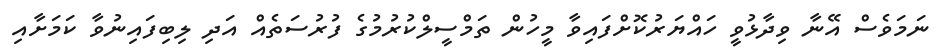
ނަމަވެސް އޭނާ ވިދާޅުވީ ހައްޔަރުކޮށްފައިވާ މީހުން ތަމްސީލްކުރުމުގެ ފުރުސަތެއް އަދި ލިބިފައިނުވާ ކަމަށާއި